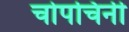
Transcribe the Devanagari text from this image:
चोपचिनी